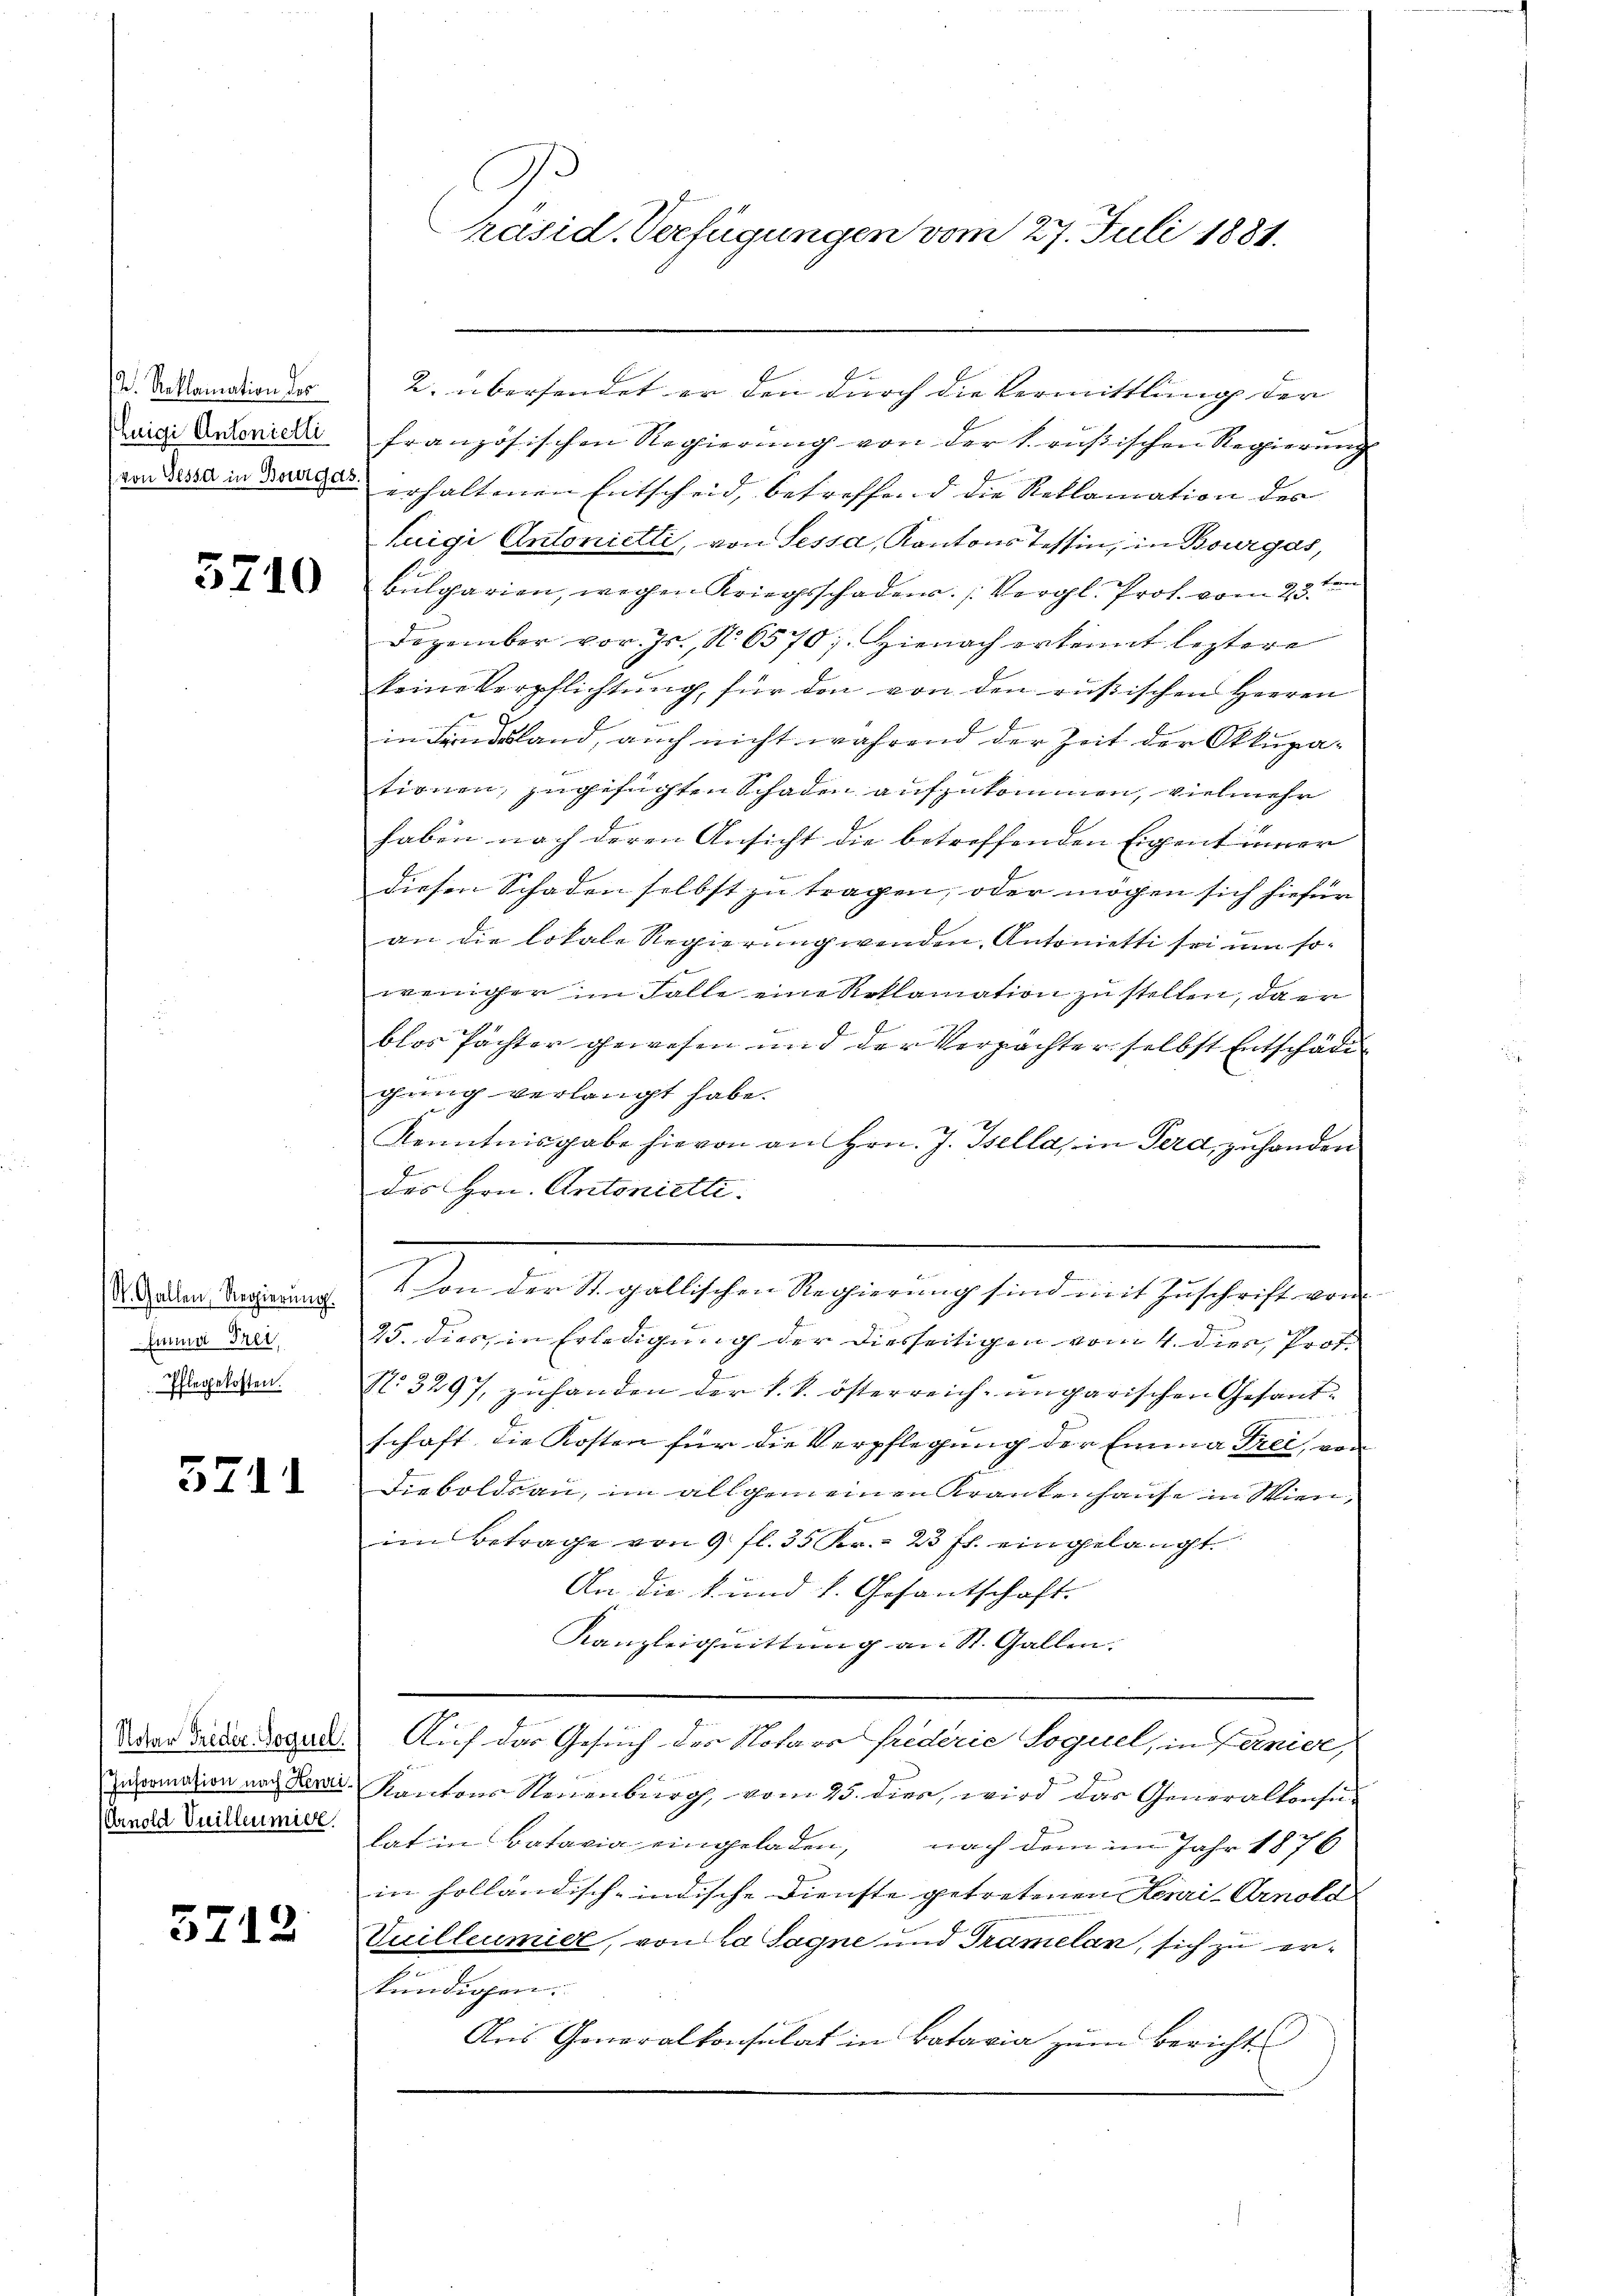
I. Reklamation des
Luigi Antonielli

5740

St. Gallen, Regierung.
Emma Frei,
Pflegekosten.

5711

Notar Frieder-Soquel.
Information nach Henri¬
(Arnold Vuilleumier

5712

Präsid. Verfügungen vom 27. Juli 1881.

2. übersendet er den durch die Vermittlung der
französischen Regierung von der k. russischen Regierung
von die in drei erhaltenen Entscheid, betreffend die Reklamation des
Luigi Antonielli, von Sessa, Kantons Tessin, in Bourgás,
Bulgarien, wegen Kriegsschaden. (Vergl. Prof. vom 23ten
Dezember vor. Js., N. 6570). Hienach erkennt leztere
teine Verpflichtung, für den von den russischen Herren
in Fridland, auch nicht während der Zeit der Okkupationen, zugesuchten Schaden aufzukommen, vielmehr
haben nach deren Ansicht die betreffenden Eigent inner
diesen Schaden selbst zu tragen, oder möchen sich hiefür
an die lokale Regierung wenden, Antonietti sei um soweniger im Falle eine Reklamation zu stellen, da er
blos Pächter gewesen und der Verpächter selbst Entschädigung verlangt habe.
Kenntnisgabe hievon an Hrn. J. Isella, in Terd, zu handen
des Hrn. Antoniette.
Von der St. gallischen Regierung sind mit Zuschrift von
25. dies, in Erledigung der diesseitigen vom 4. dies, Prof.
No. 3297, zuhanden der k. k. österreich-ungarischen Gesandschaft, die Kosten für die Verpflegung der Emma Frei, von
Dieboldsau, im allgemeinen Krankenhause in Wien,
im Betrage von 9 fl. 35 Kr. 23 fl. eingelangt.
An die k. und k. Gesantschaft.
Kanzleignittung an St. Gallen.
Auf der Gesuch des Notars friderie Soquel, in Ferier,
g
Kantons Steuenburg, vom 25. dies, wird das Generalkonsulat in Batavia eingeladen, nach dem im Jahr 1876
in holländisch-indische Dienste getretenen Henri-Arnold
Vuilleumidl, von la Sagne und Gramelan, sich zu erkündigen.
Aus Goneralkonsulat in Batavia zum Bericht